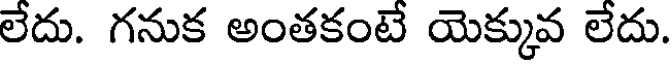
లేదు. గనుక అంతకంటే యెక్కువ లేదు.